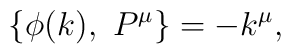
\{\phi(k),\ P^{\mu}\} = - k^{\mu},